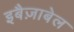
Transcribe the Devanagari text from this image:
इबैज़ाबेल